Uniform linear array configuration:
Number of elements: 48
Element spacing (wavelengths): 0.5
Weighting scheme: exponential
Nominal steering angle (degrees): -45
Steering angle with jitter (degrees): -43.012
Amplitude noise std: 0.05
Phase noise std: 0.05

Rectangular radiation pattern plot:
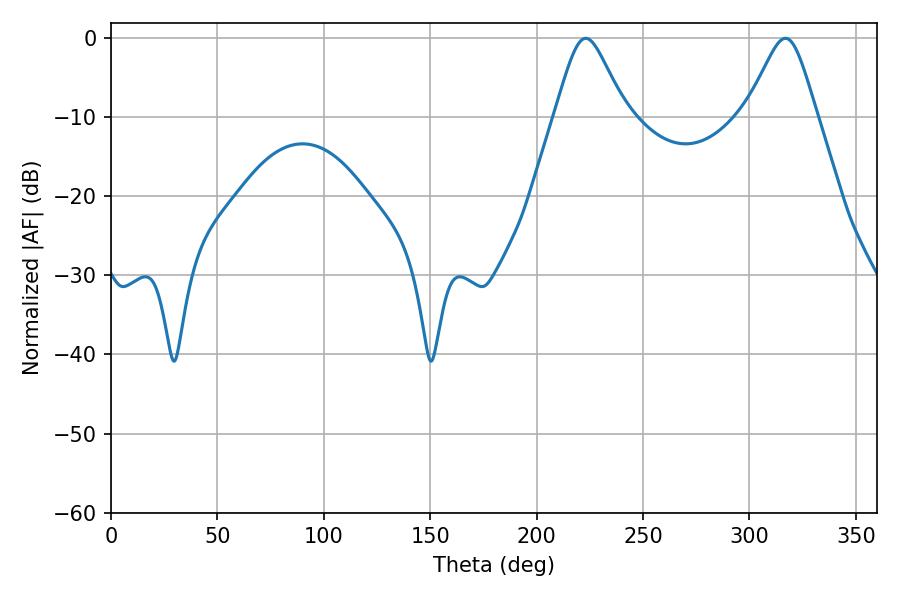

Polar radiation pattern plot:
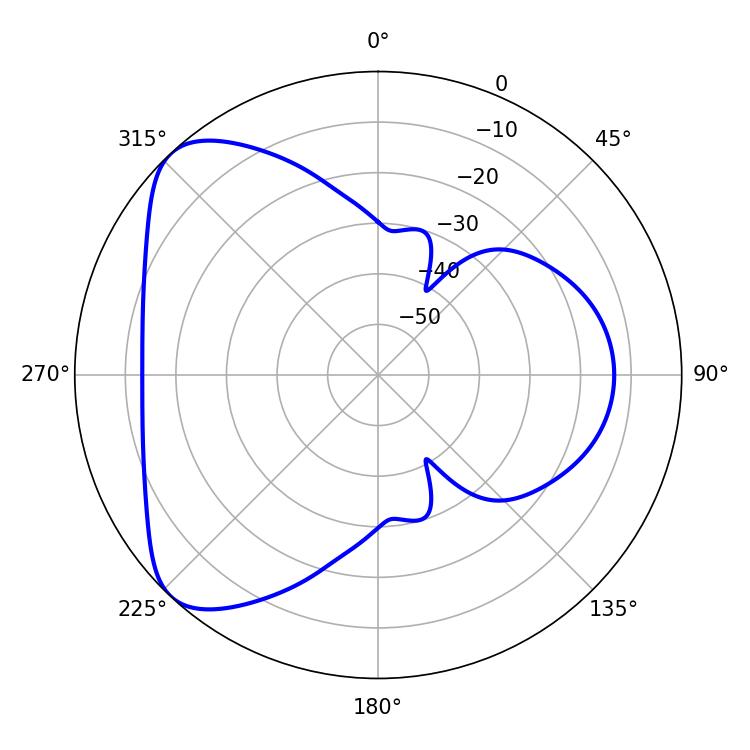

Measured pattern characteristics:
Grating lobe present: FALSE
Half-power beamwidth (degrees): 16.02
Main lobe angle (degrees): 223.02